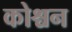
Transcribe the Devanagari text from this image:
कोश्चन